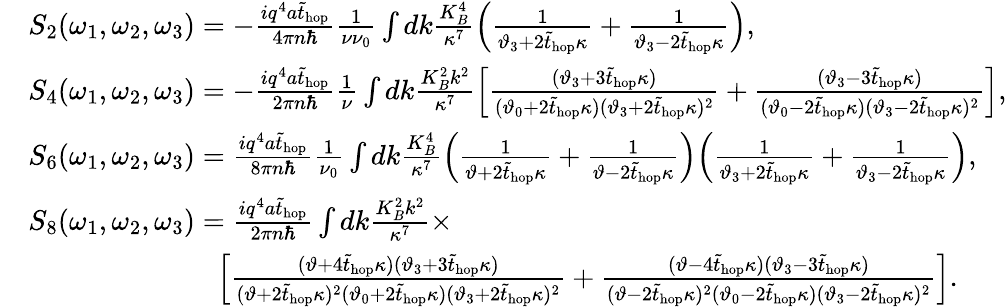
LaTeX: \begin{array}{rl}&{S_{2}(\omega_{1},\omega_{2},\omega_{3})=-\frac{iq^{4}a\tilde{t}_{\mathrm{hop}}}{4\pi n\hbar}\frac{1}{\nu\nu_{0}}\int dk\frac{K_{B}^{4}}{\kappa^{7}}\Bigl(\frac{1}{\vartheta_{3}+2\tilde{t}_{\mathrm{hop}}\kappa}+\frac{1}{\vartheta_{3}-2\tilde{t}_{\mathrm{hop}}\kappa}\Bigl),}\\ &{S_{4}(\omega_{1},\omega_{2},\omega_{3})=-\frac{iq^{4}a\tilde{t}_{\mathrm{hop}}}{2\pi n\hbar}\frac{1}{\nu}\int dk\frac{K_{B}^{2}k^{2}}{\kappa^{7}}\Bigl[\frac{(\vartheta_{3}+3\tilde{t}_{\mathrm{hop}}\kappa)}{(\vartheta_{0}+2\tilde{t}_{\mathrm{hop}}\kappa)(\vartheta_{3}+2\tilde{t}_{\mathrm{hop}}\kappa)^{2}}+\frac{(\vartheta_{3}-3\tilde{t}_{\mathrm{hop}}\kappa)}{(\vartheta_{0}-2\tilde{t}_{\mathrm{hop}}\kappa)(\vartheta_{3}-2\tilde{t}_{\mathrm{hop}}\kappa)^{2}}\Bigl],}\\ &{S_{6}(\omega_{1},\omega_{2},\omega_{3})=\frac{iq^{4}a\tilde{t}_{\mathrm{hop}}}{8\pi n\hbar}\frac{1}{\nu_{0}}\int dk\frac{K_{B}^{4}}{\kappa^{7}}\Bigl(\frac{1}{\vartheta+2\tilde{t}_{\mathrm{hop}}\kappa}+\frac{1}{\vartheta-2\tilde{t}_{\mathrm{hop}}\kappa}\Bigl)\Bigl(\frac{1}{\vartheta_{3}+2\tilde{t}_{\mathrm{hop}}\kappa}+\frac{1}{\vartheta_{3}-2\tilde{t}_{\mathrm{hop}}\kappa}\Bigl),}\\ &{S_{8}(\omega_{1},\omega_{2},\omega_{3})=\frac{iq^{4}a\tilde{t}_{\mathrm{hop}}}{2\pi n\hbar}\int dk\frac{K_{B}^{2}k^{2}}{\kappa^{7}}\times}\\ &{\; \; \; \; \; \; \; \; \; \; \; \; \; \; \; \; \; \; \; \; \; \; \; \; \Bigl[\frac{(\vartheta+4\tilde{t}_{\mathrm{hop}}\kappa)(\vartheta_{3}+3\tilde{t}_{\mathrm{hop}}\kappa)}{(\vartheta+2\tilde{t}_{\mathrm{hop}}\kappa)^{2}(\vartheta_{0}+2\tilde{t}_{\mathrm{hop}}\kappa)(\vartheta_{3}+2\tilde{t}_{\mathrm{hop}}\kappa)^{2}}+\frac{(\vartheta-4\tilde{t}_{\mathrm{hop}}\kappa)(\vartheta_{3}-3\tilde{t}_{\mathrm{hop}}\kappa)}{(\vartheta-2\tilde{t}_{\mathrm{hop}}\kappa)^{2}(\vartheta_{0}-2\tilde{t}_{\mathrm{hop}}\kappa)(\vartheta_{3}-2\tilde{t}_{\mathrm{hop}}\kappa)^{2}}\Bigl].}\end{array}